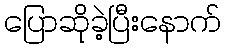
ပြောဆိုခဲ့ပြီးနောက်